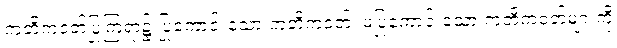
ကတိကဝတ်ပြုကြရာ၌ ပြုကောင်းသော ကတိကဝတ်၊ မပြုကောင်းသော ကတိကဝတ်များကို